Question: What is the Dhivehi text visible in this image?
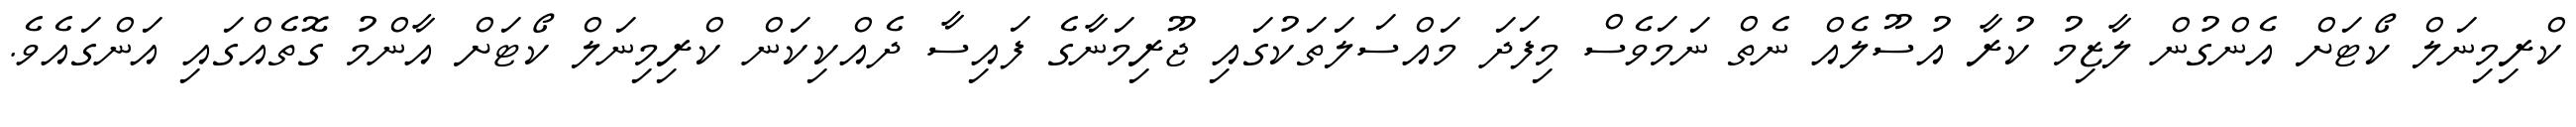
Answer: ކްރިމިނަލް ކޯޓަށް އެންގުން ލާޒިމު ކުރާ އުސޫލެއް ނެތް ނަމަވެސް މިފަދަ މައްސަލަތަކުގައި ޖޫރިމަނާގެ ފައިސާ ދެއްކިކަން ކްރިމިނަލް ކޯޓަށް އާންމު ގޮތެއްގައި އަންގައެވެ.